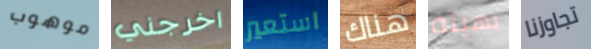
موهوب اخرجني استعير هناك بهيئة تجاوزنا